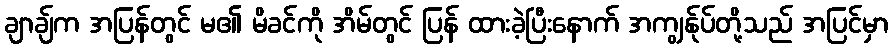
ချာချ်က အပြန်တွင် မ၏ မိခင်ကို အိမ်တွင် ပြန် ထားခဲ့ပြီးနောက် အကျွန်ုပ်တို့သည် အပြင်မှာ